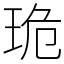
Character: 𤥕